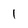
Character: 1